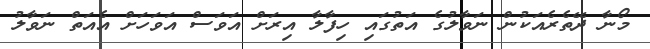
މޯނާ ދޭތެރެއަކުން ނަވާލުގެ އަތުގައި ހިފާލާ އިރަށް އަވަސް އަވަހަށް އެއަތް ނަވާލު